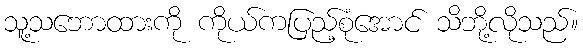
သူ့သဘောထားကို ကိုယ်ကပြည့်စုံအောင် သိဘို့လိုသည်။